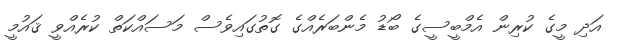
އަދި މީގެ ކުރިން އެމްބީސީގެ ބޯޑު މެންބަރެއްގެ ގޮތުގައިވެސް މަސައްކަތް ކުރެއްވީ ޤައުމީ